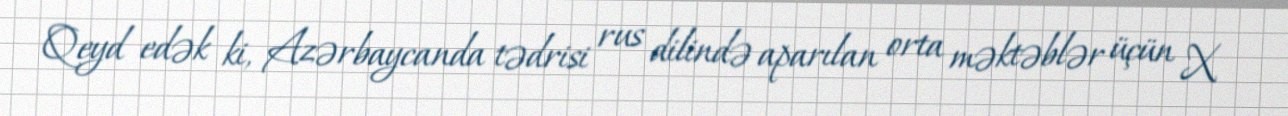
Qeyd edək ki, Azərbaycanda tədrisi rus dilində aparılan orta məktəblər üçün X